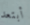
أبتعد